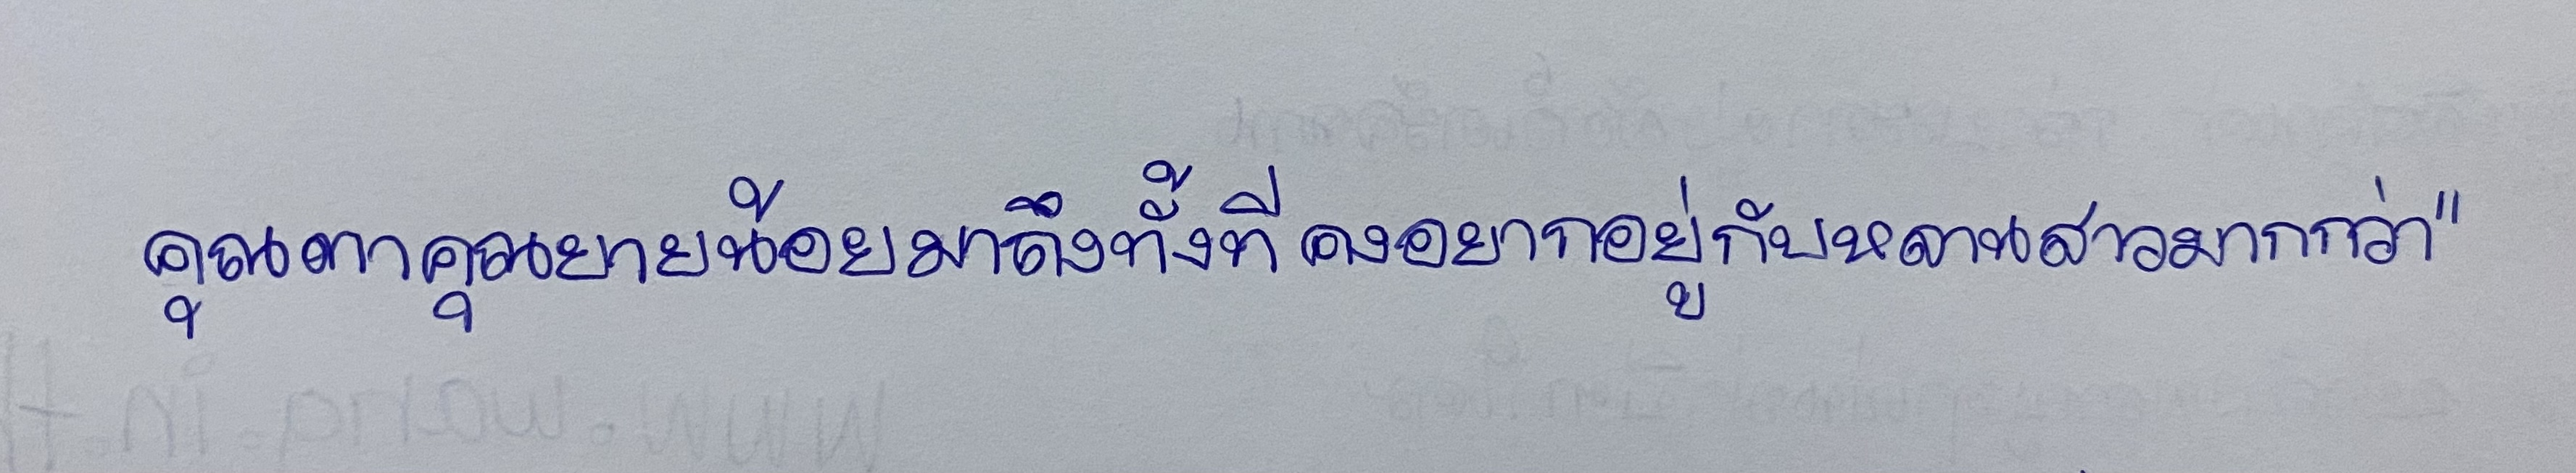
คุณตาคุณยายน้อยมาถึงทั้งทีคงอยากอยู่กับหลานสาวมากกว่า"